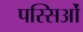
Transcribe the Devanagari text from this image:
पस्सिओं